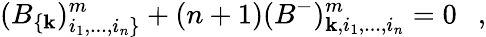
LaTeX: (B_{\{ \mathbf{k}})_{i_{1},...,i_{n}\} }^{m}+(n+1)(B^{-})_{\mathbf{k},i_{1},...,i_{n}}^{m}=0~~~,